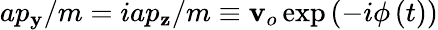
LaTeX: ap_{\mathbf{y}}/m=iap_{\mathbf{z}}/m\equiv\mathbf{v}_{o}\exp\left(-i\phi\left(t\right)\right)